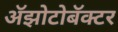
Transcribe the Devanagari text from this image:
अॅझोटोबॅक्टर